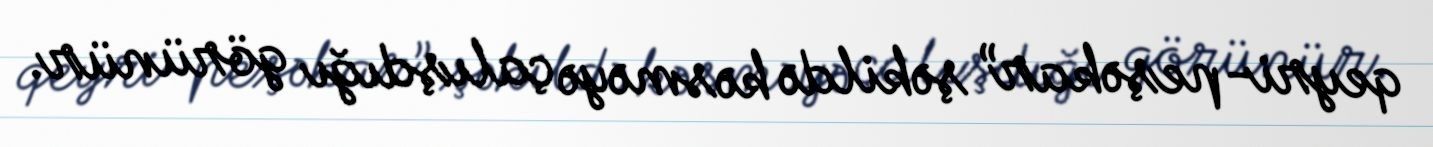
qeyri-peşəkar” şəkildə kəsməyə çalışdığı görünür.